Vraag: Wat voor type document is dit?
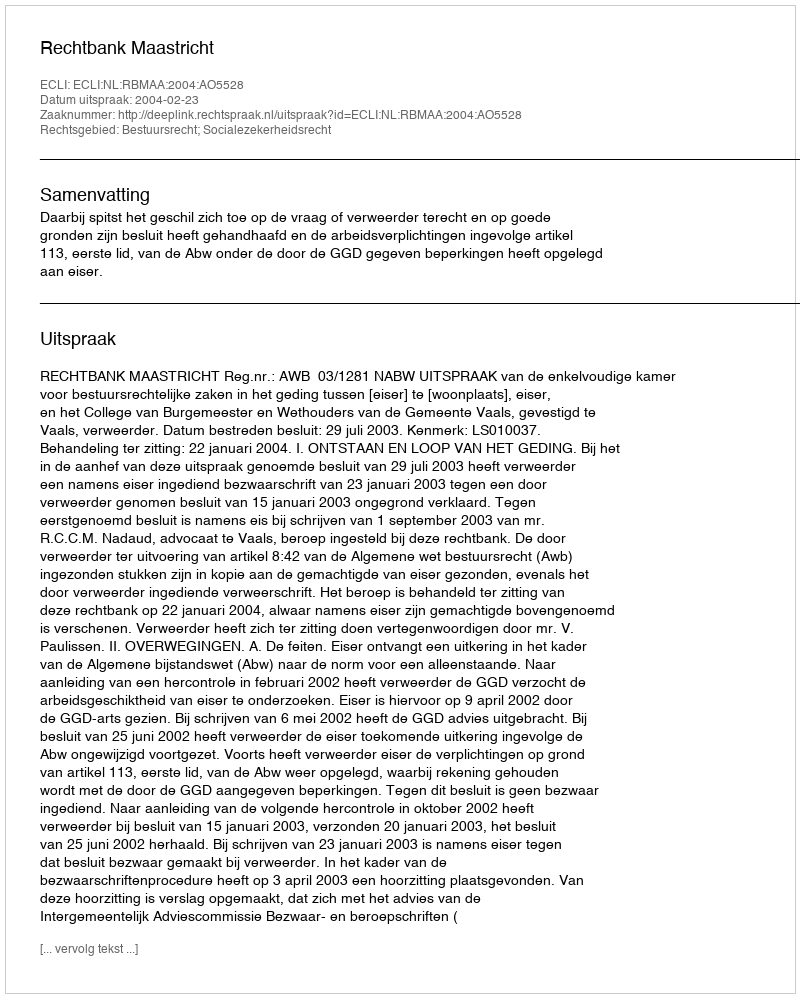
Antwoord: Uitspraak